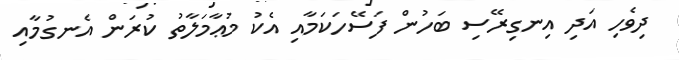
ދިވެހި އަދި އިނގިރޭސި ބަހުން ފަސޭހަކަމާއި އެކު މުޢާމަލާތު ކުރަން އެނގުމާއި